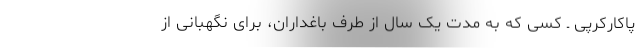
پاکارکرپی ـ کسی که به مدت یک سال از طرف باغداران، برای نگهبانی از